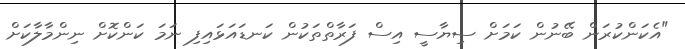
"އެކަންކުރަން ބޭނުން ކަމަށް ސިޔާސީ އިސް ފަރާތްތަކުން ކަނޑައަޅައިފި ނަމަ ކަންކޮށް ނިންމާލާކަށް